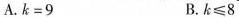
A.k=9 B.k≤8